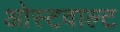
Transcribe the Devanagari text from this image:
ओस्टवाल्ट